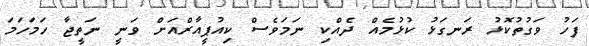
ފަހު ވަގުތުކޮޅު ރަނގަޅު ކުޅުމެއް ދެއްކި ނަމަވެސް ކިއުޕީއާރްއަށް ވަނީ ނަތީޖާ ހަމަހަމަ